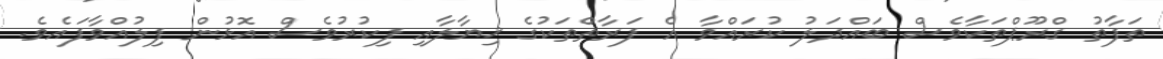
ތަފާތު ގްރޫޕްތަކާވެސް ބައްދަލު ކުރައްވާ އެ ފަރާތްތަކުގެ ޚިޔާލާއި ފިކުރުވެސް އޮޅުން ފިލުއްވާފައެވެ.